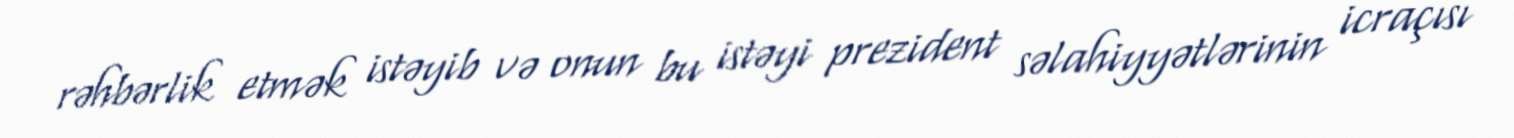
rəhbərlik etmək istəyib və onun bu istəyi prezident səlahiyyətlərinin icraçısı